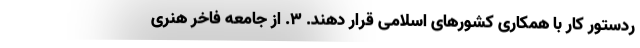
ردستور کار با همکاری کشورهای اسلامی قرار دهند. ۳. از جامعه فاخر هنری